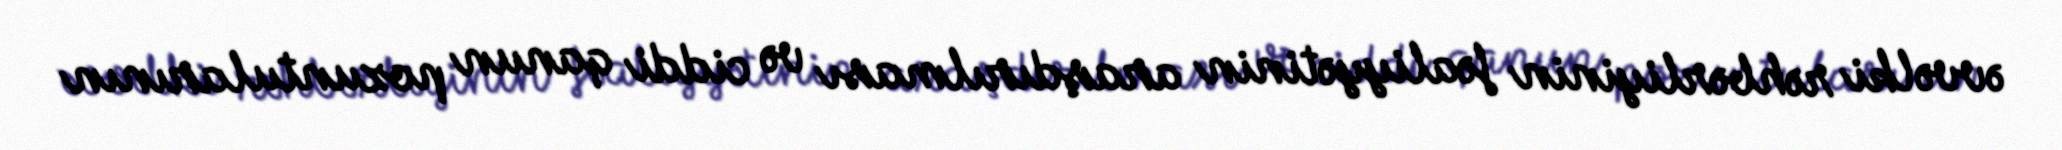
əvvəlki rəhbərliyinin fəaliyyətinin araşdırılması və ciddi qanun pozuntularının